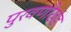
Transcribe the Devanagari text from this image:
पुरवणीखंड